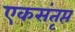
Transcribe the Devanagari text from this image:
एकसंतृप्त